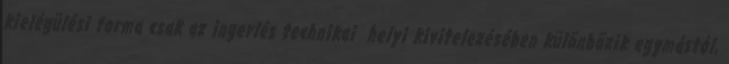
kielégülési forma csak az ingerlés technikai helyi kivitelezésében különbözik egymástól,